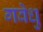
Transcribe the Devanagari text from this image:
गवेधु